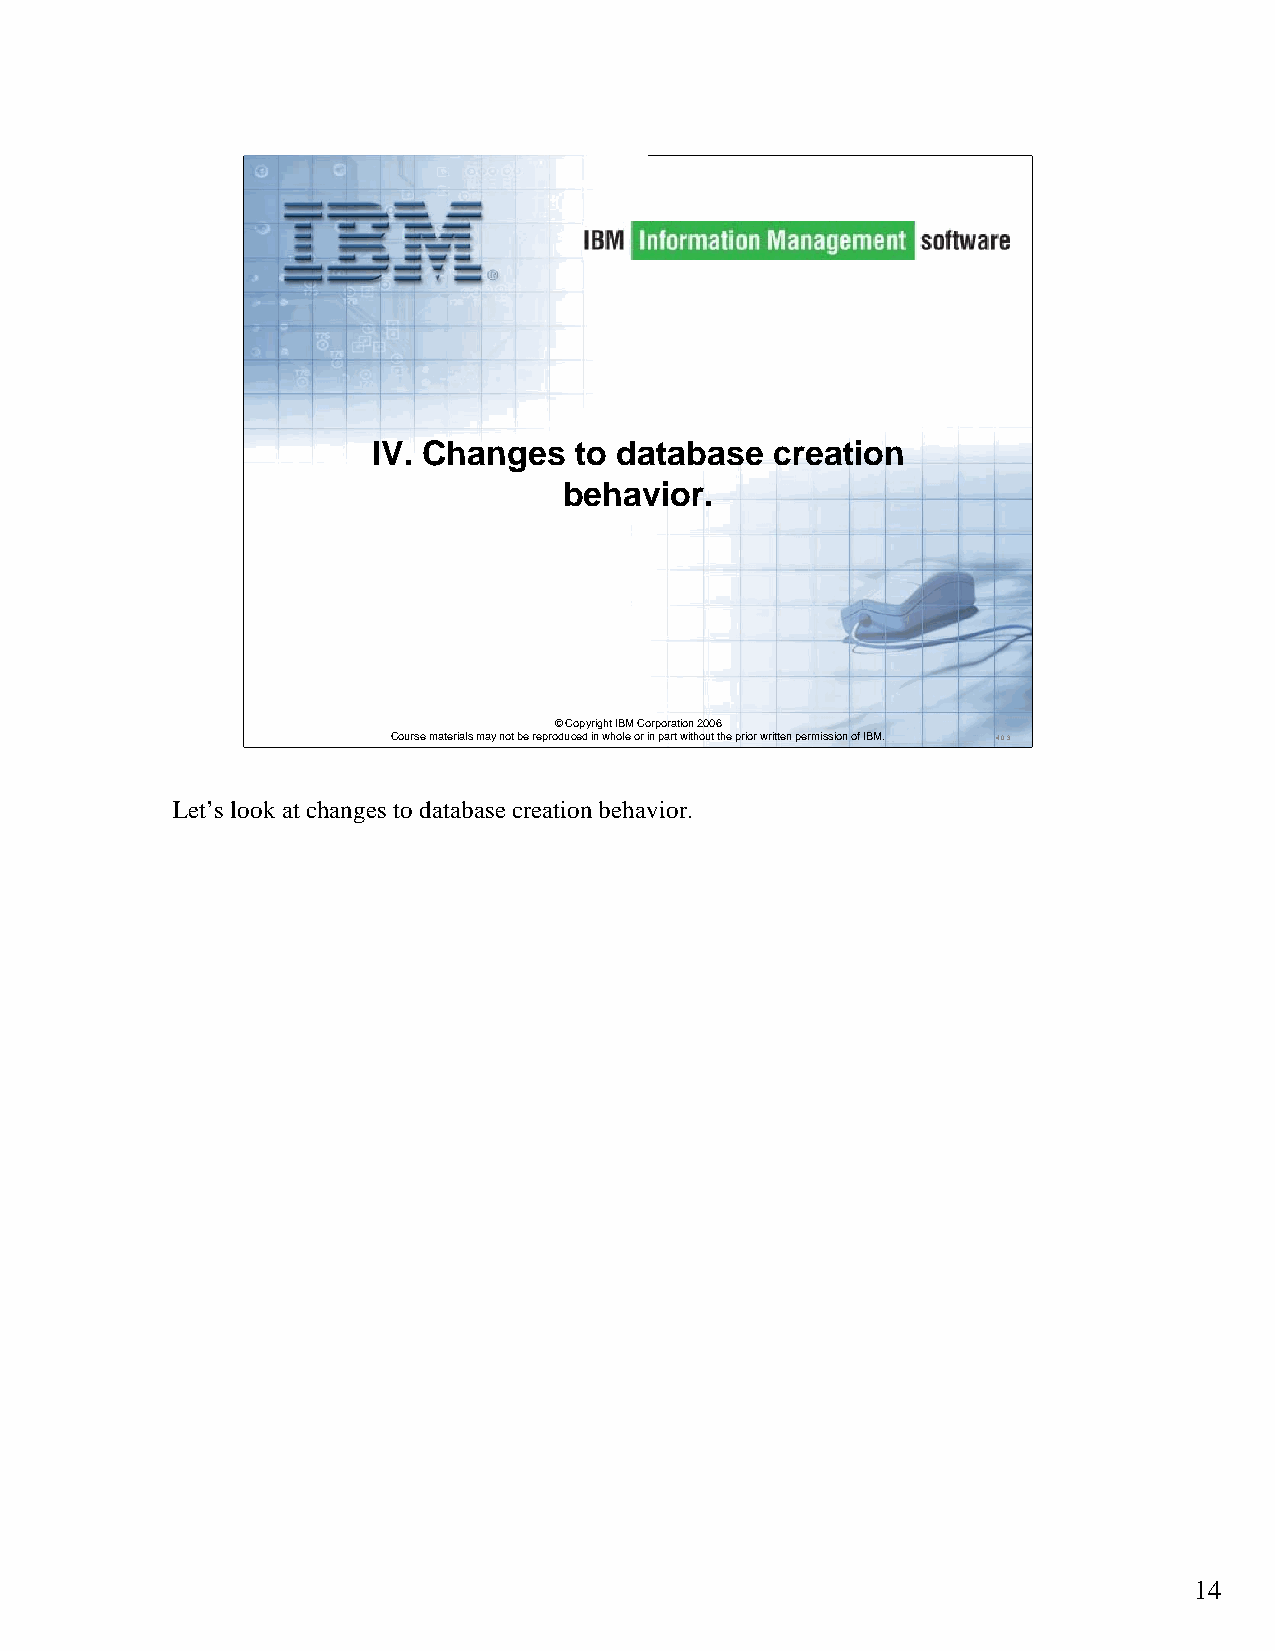
IV. Changes  to database  creation
 behavior.
 ©Copyright IBM Corporation 2006
 Course materials may not be reproduced in whole or in part without the prior written permission of IBM. 4.0.3
 Let’s look at changes to database creation behavior.
 14